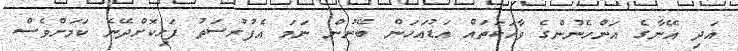
އަދި އޭނާގެ އަންހެނުންގެ ވާހަކަތައް އަޑުއަހަން ބޭނުން ނަމަ އެފުރުސަތު ފަހިކޮށްދޭނެ ކަމަށްވެސް